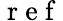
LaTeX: \mathrm{~r~e~f~}